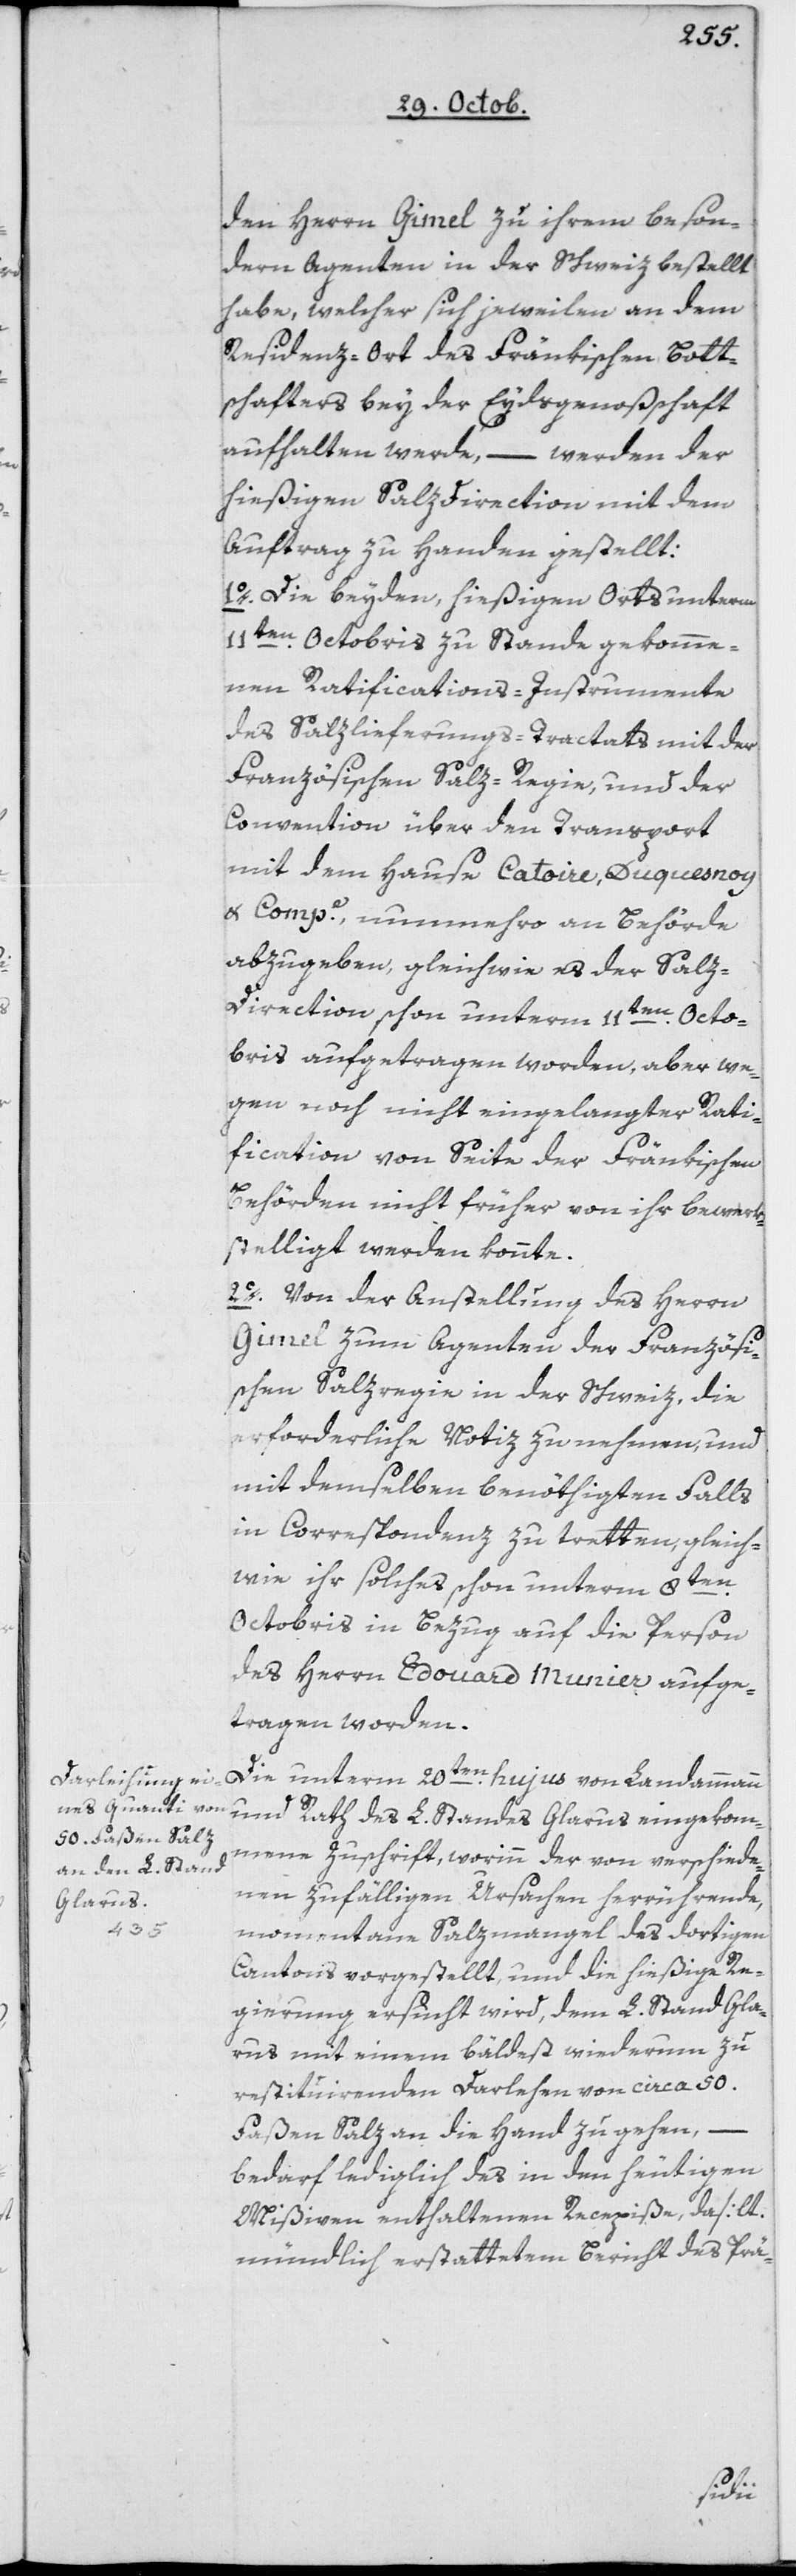
den Herrn Gimel zu ihrem beson¬
deren Agenten in der Schweiz bestellt
habe, welcher sich jeweilen an dem
Residenz-Ort des Fränkischen Bott¬
schafters bey der Eydsgenoßenschaft
aufhalten werde, – werden der
hießigen Salzdirektion mit dem
Auftrag zu Handen gestellt:
1o Die beyden, hießigen Orts unterm
11ten Octobris zu Stande gekomme¬
nen Ratifications-Instrumente
des Salzlieferungs-Tractats mit der
Französischen Salz-Regie, und der
Convention über den Transport
mit dem Hause Catoire, Duquesnoy
u. Compe, nunmehro an Behörde
abzugeben, gleichwie es der Salz-D¬
irection schon unterm 11ten Octo¬
bris aufgetragen worden, aber we¬
gen noch nicht eingelangter Rati¬
fication von Seite der Fränkischen
Behörden nicht früher von ihr bewerk¬
stelligt werden konnte.
2o Von der Anstellung des Herrn
Gimel zum Agenten der Französi¬
schen Salzregie in der Schweiz, die
erforderliche Notiz zu nehmen, und
mit demselben benöthigten Falls
in Correspondenz zu tretten, gleich¬
wie ihr solches, schon unterm 8ten
Octobris in Bezug auf die Person
des Herrn Edouard Munier aufge¬
tragen worden.
Die unterm 20ten hujus von Landammann
und Rath des L. Standes Glarus eingekom¬
mene Zuschrift, worinn der von verschiede¬
nen zufälligen Ursachen herrührende,
momentane Salzmangel des dortigen
Cantons vorgestellt, und die hießige Re¬
gierung ersucht wird, dem L. Stand Gla¬
rus mit einem bäldest wiederum zu
restituirenden Darlehen von ca. 50
Faßen Salz an die Hand zu gehen, –
bedarf lediglich des in den heutigen
Mißiven enthaltenen Recepiße, da [lt.
mündlich erstattetem Bericht des Prä-